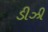
ડીઝી